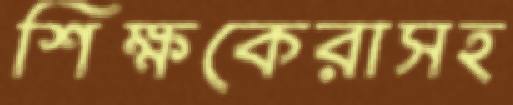
শিক্ষকেরাসহ